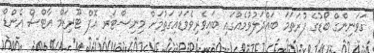
ގަވަނިންގް ބޯޑުގެ ފުރަތަމަ ބައްދަލުވުމެއްގައި ބައިވެރިވެވަޑައިގަތުމަށް މިނިސްޓަރ އޮފް ޓޫރިޒަމް އާޓްސް އެންޑް